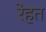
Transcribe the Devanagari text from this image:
रेहत